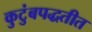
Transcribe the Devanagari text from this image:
कुटुंबपद्धतीत